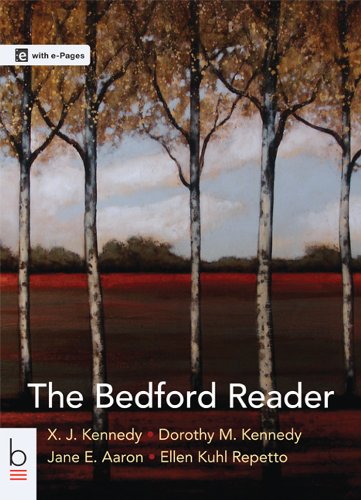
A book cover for The Bedford Reader; X. J. Kennedy; Reference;